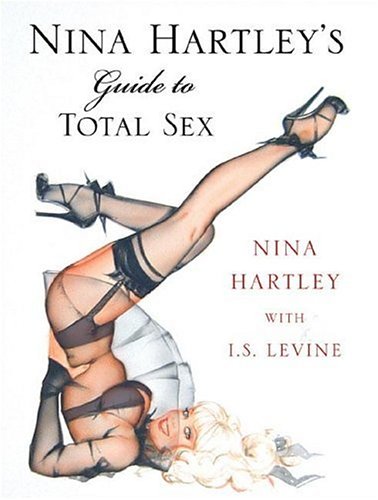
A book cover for Nina Hartley's Guide to Total Sex; Nina Hartley; Health, Fitness & Dieting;